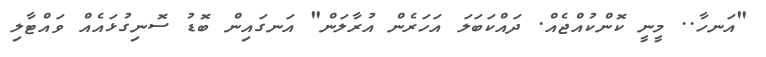
"އަނހާ.. މީނީ ކޮންކުއްޖެއް. ދައްކަބަލަ އަހަރެން އުރާލަން" އަނގައިން ބޮޑު ސޮނިގުޅައެއް ވައްޓާލި